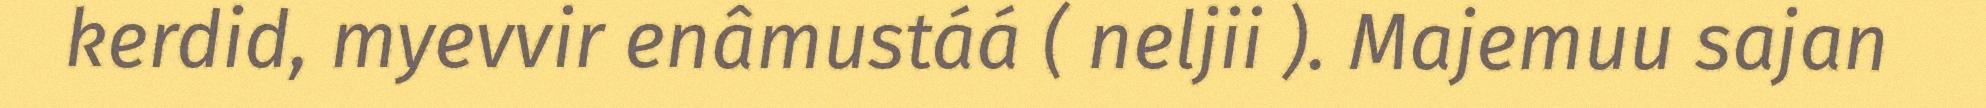
kerdid, myevvir enâmustáá ( neljii ). Majemuu sajan